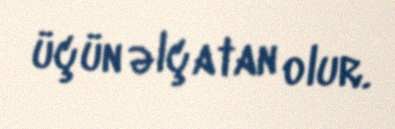
üçün əlçatan olur.